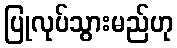
ပြုလုပ်သွားမည်ဟု